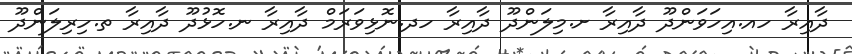
ދާއިރާ ހއ.އިހަވަންދޫ ދާއިރާ ށ.މިލަންދޫ ދާއިރާ ހދ.ނޮޅިވަރަމް ދާއިރާ ނ.ހޮޅުދޫ ދާއިރާ ތ.ހިރިލަންދޫ